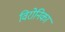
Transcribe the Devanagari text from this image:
विरोनिका